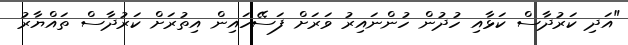
"އަދި ކަރުދާސް ކަޅާއި ހުދުން ހުންނައިރު ވަރަށް ފަސޭހައިން އިތުރަށް ކަރުދާސް ތައްޔާރު